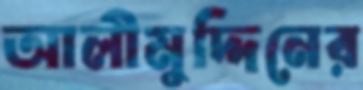
আলীমুদ্দিনের